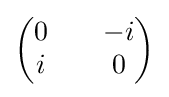
{\begin{pmatrix}0&&-i\\i&&0\end{pmatrix}}